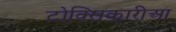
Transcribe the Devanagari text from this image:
टोक्सिकारीआ